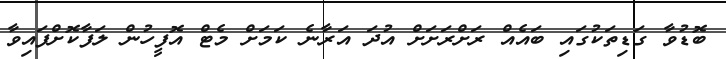
ބޮޑުވާ ގަޑިތަކުގައި ބައެއް ރަށްރަށަށް އުދަ އަރާނެ ކަމަށް މެޓް އޮފީހުން ލަފާކޮށްފައިވާ